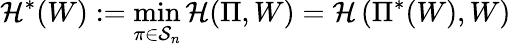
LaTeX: {\mathcal H}^{*}(W):=\operatorname*{min}_{\pi\in{\mathcal S}_{n}}{\mathcal H}(\Pi,W)={\mathcal H}\left(\Pi^{*}(W),W\right)